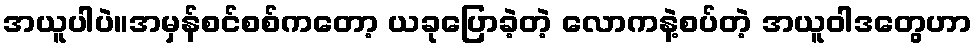
အယူပါပဲ။အမှန်စင်စစ်ကတော့ ယခုပြောခဲ့တဲ့ လောကနဲ့စပ်တဲ့ အယူဝါဒတွေဟာ